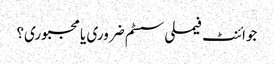
جوائنٹ فیملی سسٹم ضروری یا مجبوری؟